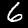
Digit: 6